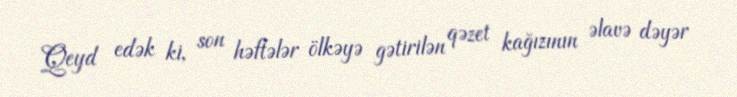
Qeyd edək ki, son həftələr ölkəyə gətirilən qəzet kağızının əlavə dəyər